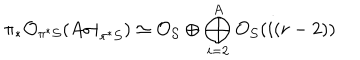
LaTeX: \pi _ { * } { \cal O } _ { \pi ^ { * } { \cal S } } ( A \sigma | _ { \pi ^ { * } { \cal S } } ) \simeq { \cal O } _ { { \cal S } } \oplus \bigoplus _ { i = 2 } ^ { A } { \cal O } _ { { \cal S } } ( i ( r - 2 ) )